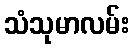
သံသုမာလမ်း